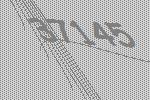
37145